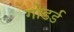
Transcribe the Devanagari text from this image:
गोडर्ड